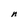
Character: n